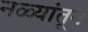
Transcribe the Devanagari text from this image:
नळ्यांतून